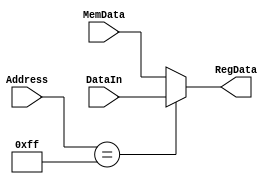
module ParallelIN(input [7:0] Address, MemData, DataIn, 
                  output[7:0] RegData);
                        
	assign RegData = (Address == 8'hFF) ? DataIn : MemData;
    
endmodule